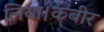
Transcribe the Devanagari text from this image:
लिया।कबीर